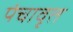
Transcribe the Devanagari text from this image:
पंचावृत